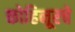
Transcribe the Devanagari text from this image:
कोहिनूरचे